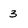
Character: 3